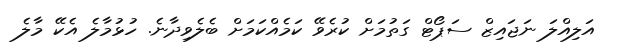
އަލިއްލަ ނަޖައިޒް ސަޕޯޓް ގަތުމަށް ކުރެވޭ ކަމެއްކަމަށް ބެލެވިދާނެ. ހުޅުމާލެ އެކޭ މާލެ